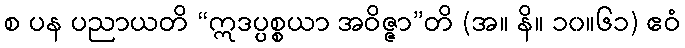
စ ပန ပညာယတိ “ဣဒပ္ပစ္စယာ အဝိဇ္ဇာ”တိ (အ။ နိ။ ၁၀။၆၁) ဧဝံ